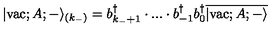
| \mathrm { v a c } ; A ; - \rangle _ { ( k _ { - } ) } = b _ { k _ { - } + 1 } ^ { \dagger } \cdot . . . \cdot b _ { - 1 } ^ { \dagger } b _ { 0 } ^ { \dagger } \overline { { | \mathrm { v a c } ; A ; - \rangle } }